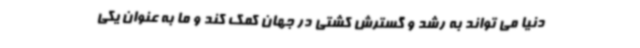
دنیا می تواند به رشد و گسترش کشتی در جهان کمک کند و ما به عنوان یکی